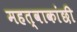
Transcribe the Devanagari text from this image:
महत्वाकांछी